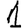
Digit: 1